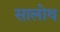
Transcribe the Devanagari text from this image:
सालोथ